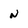
Character: N